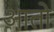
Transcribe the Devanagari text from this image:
आतो